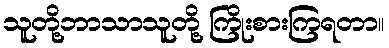
သူတို့ဘာသာသူတို့ ကြိုးစားကြရတာ။